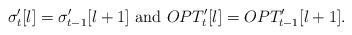
LaTeX: \begin{align*}\sigma_{t}^{\prime}[l]=\sigma_{t-1}^{\prime}[l+1]\mbox{ and } OPT_{t}^{\prime}[l]= OPT_{t-1}^{\prime}[l+1]. \end{align*}